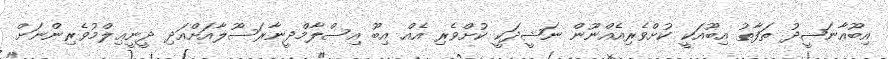
އިބޫއާނަޝީދު ތަފާތު އިބޫއަކީ ކުށްވެރިއެއްނޫން ނަޝީދަކީ ކުށްވެރި އެއް އިބޫ އިސްލާމްދީނާރަސޫލާއަށްއަދި ދީނީޢިލްމުވެރިންނަށް